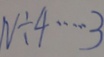
N \div 4 \cdots 3